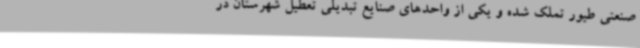
صنعتی طیور تملک شده و یکی از واحدهای صنایع تبدیلی تعطیل شهرستان در